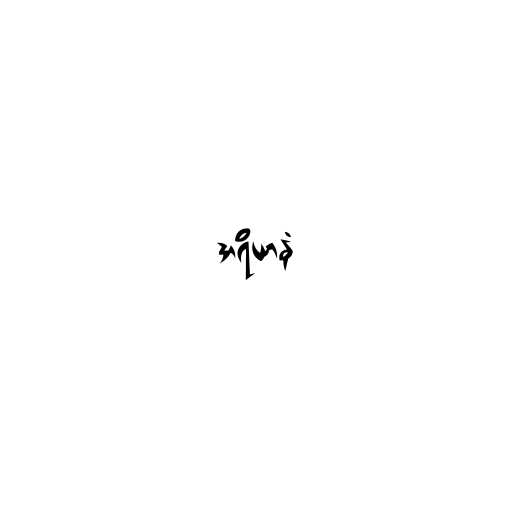
အရိယာနံ